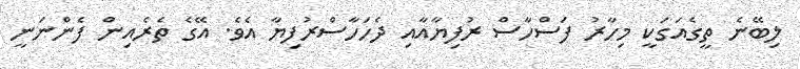
ލިބޭނެ ތީގެއަގަކީ މިހާރު ފަސްހާސް ރުފިޔާއާއި ދެހަހާސްރުފިޔާ އެވެ. އޭގެ ތެރެއިން ފެންނަނީ